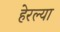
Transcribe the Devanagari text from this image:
हेरल्या